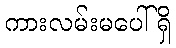
ကားလမ်းမပေါ်ရှိ